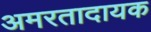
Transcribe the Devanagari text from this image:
अमरतादायक